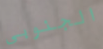
الجنوبى